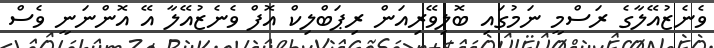
ވެނެޒުއޭލާގެ ރަސްމީ ނަމުގައި ބޮލިވޭރިއަން ރިޕަބްލިކް އޮފް ވެނެޒުއޭލާ އޭ އޮންނަނީ ވެސް